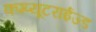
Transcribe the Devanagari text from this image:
कम्प्यूटराईज्ड